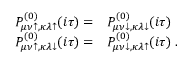
\begin{array} { r l } { P _ { \mu \nu \uparrow , \kappa \lambda \uparrow } ^ { ( 0 ) } ( i \tau ) = } & { P _ { \mu \nu \downarrow , \kappa \lambda \downarrow } ^ { ( 0 ) } ( i \tau ) } \\ { P _ { \mu \nu \uparrow , \kappa \lambda \downarrow } ^ { ( 0 ) } ( i \tau ) = } & { P _ { \mu \nu \downarrow , \kappa \lambda \uparrow } ^ { ( 0 ) } ( i \tau ) \; . } \end{array}